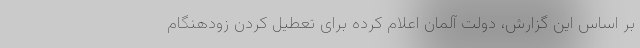
بر اساس این گزارش، دولت آلمان اعلام کرده برای تعطیل کردن زودهنگام